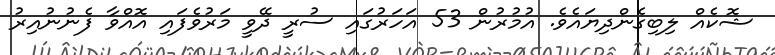
ޝޮކެއް ލިބިގެންދިޔައެވެ. އުމުރުން 53 އަހަރުގައި ސުރީ ދޭވީ މަރުވެފައި އޮއްވާ ފެނުނުއިރު